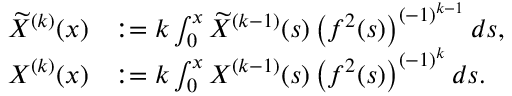
\begin{array} { r l } { \widetilde { X } ^ { ( k ) } ( x ) } & { : = k \int _ { 0 } ^ { x } \widetilde { X } ^ { ( k - 1 ) } ( s ) \left( f ^ { 2 } ( s ) \right) ^ { ( - 1 ) ^ { k - 1 } } d s , } \\ { X ^ { ( k ) } ( x ) } & { : = k \int _ { 0 } ^ { x } X ^ { ( k - 1 ) } ( s ) \left( f ^ { 2 } ( s ) \right) ^ { ( - 1 ) ^ { k } } d s . } \end{array}